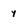
Character: y